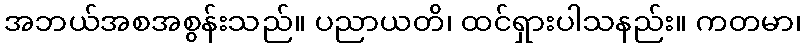
အဘယ်အစအစွန်းသည်။ ပညာယတိ၊ ထင်ရှားပါသနည်း။ ကတမာ၊